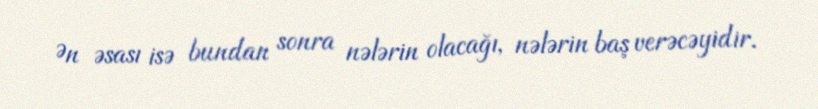
Ən əsası isə bundan sonra nələrin olacağı, nələrin baş verəcəyidir.